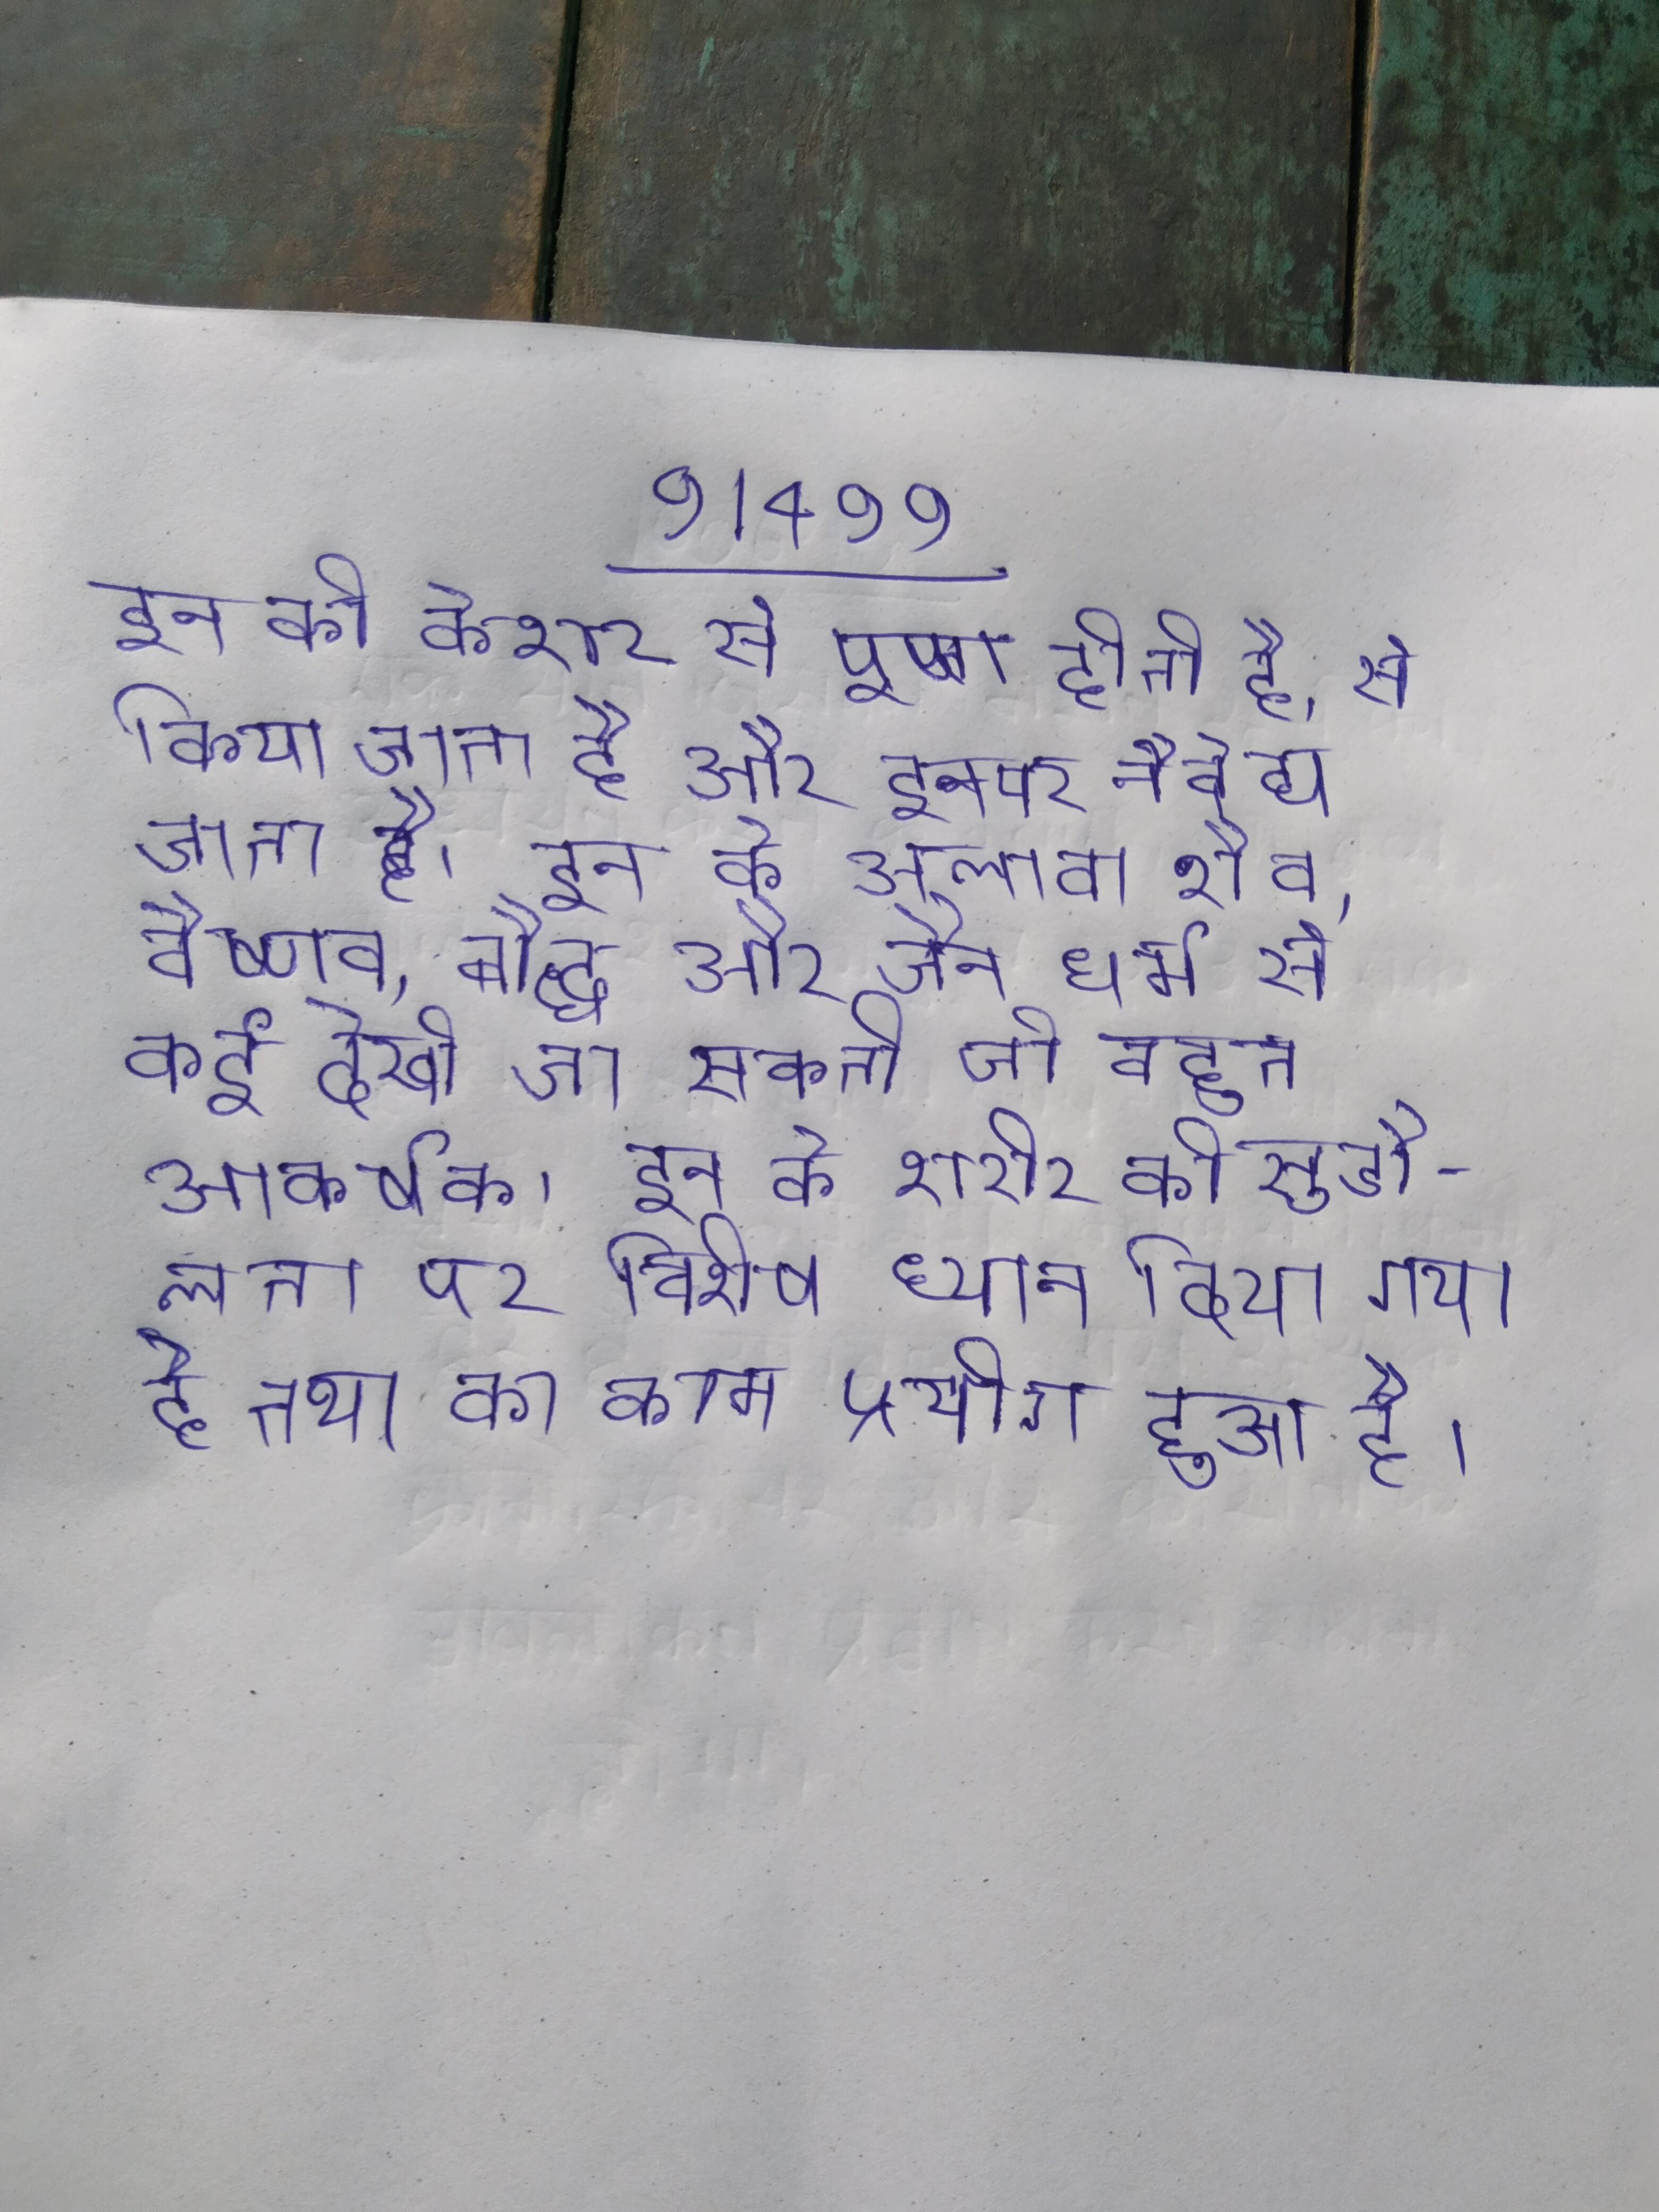
इन की केशर से पूजा होती है, से किया जाता है और इनपर नैवेद्य जाता है । इन के अलावा शैव, वैष्णव, बौद्ध और जैन धर्म से कई देखी जा सकती जो बहुत आकर्षक । इन के शरीर की सुडौलता पर विशेष ध्यान दिया गया है तथा का कम प्रयोग हुआ है ।